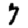
Digit: 7